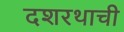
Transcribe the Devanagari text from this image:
दशरथाची